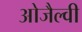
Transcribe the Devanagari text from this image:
ओजैल्वी